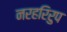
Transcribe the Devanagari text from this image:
नरहरिरुप